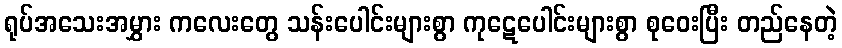
ရုပ်အသေးအမွှား ကလေးတွေ သန်းပေါင်းများစွာ ကုဋေပေါင်းများစွာ စုဝေးပြီး တည်နေတဲ့